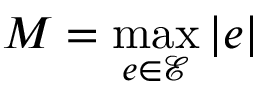
M = \operatorname* { m a x } _ { e \in \mathcal { E } } | e |